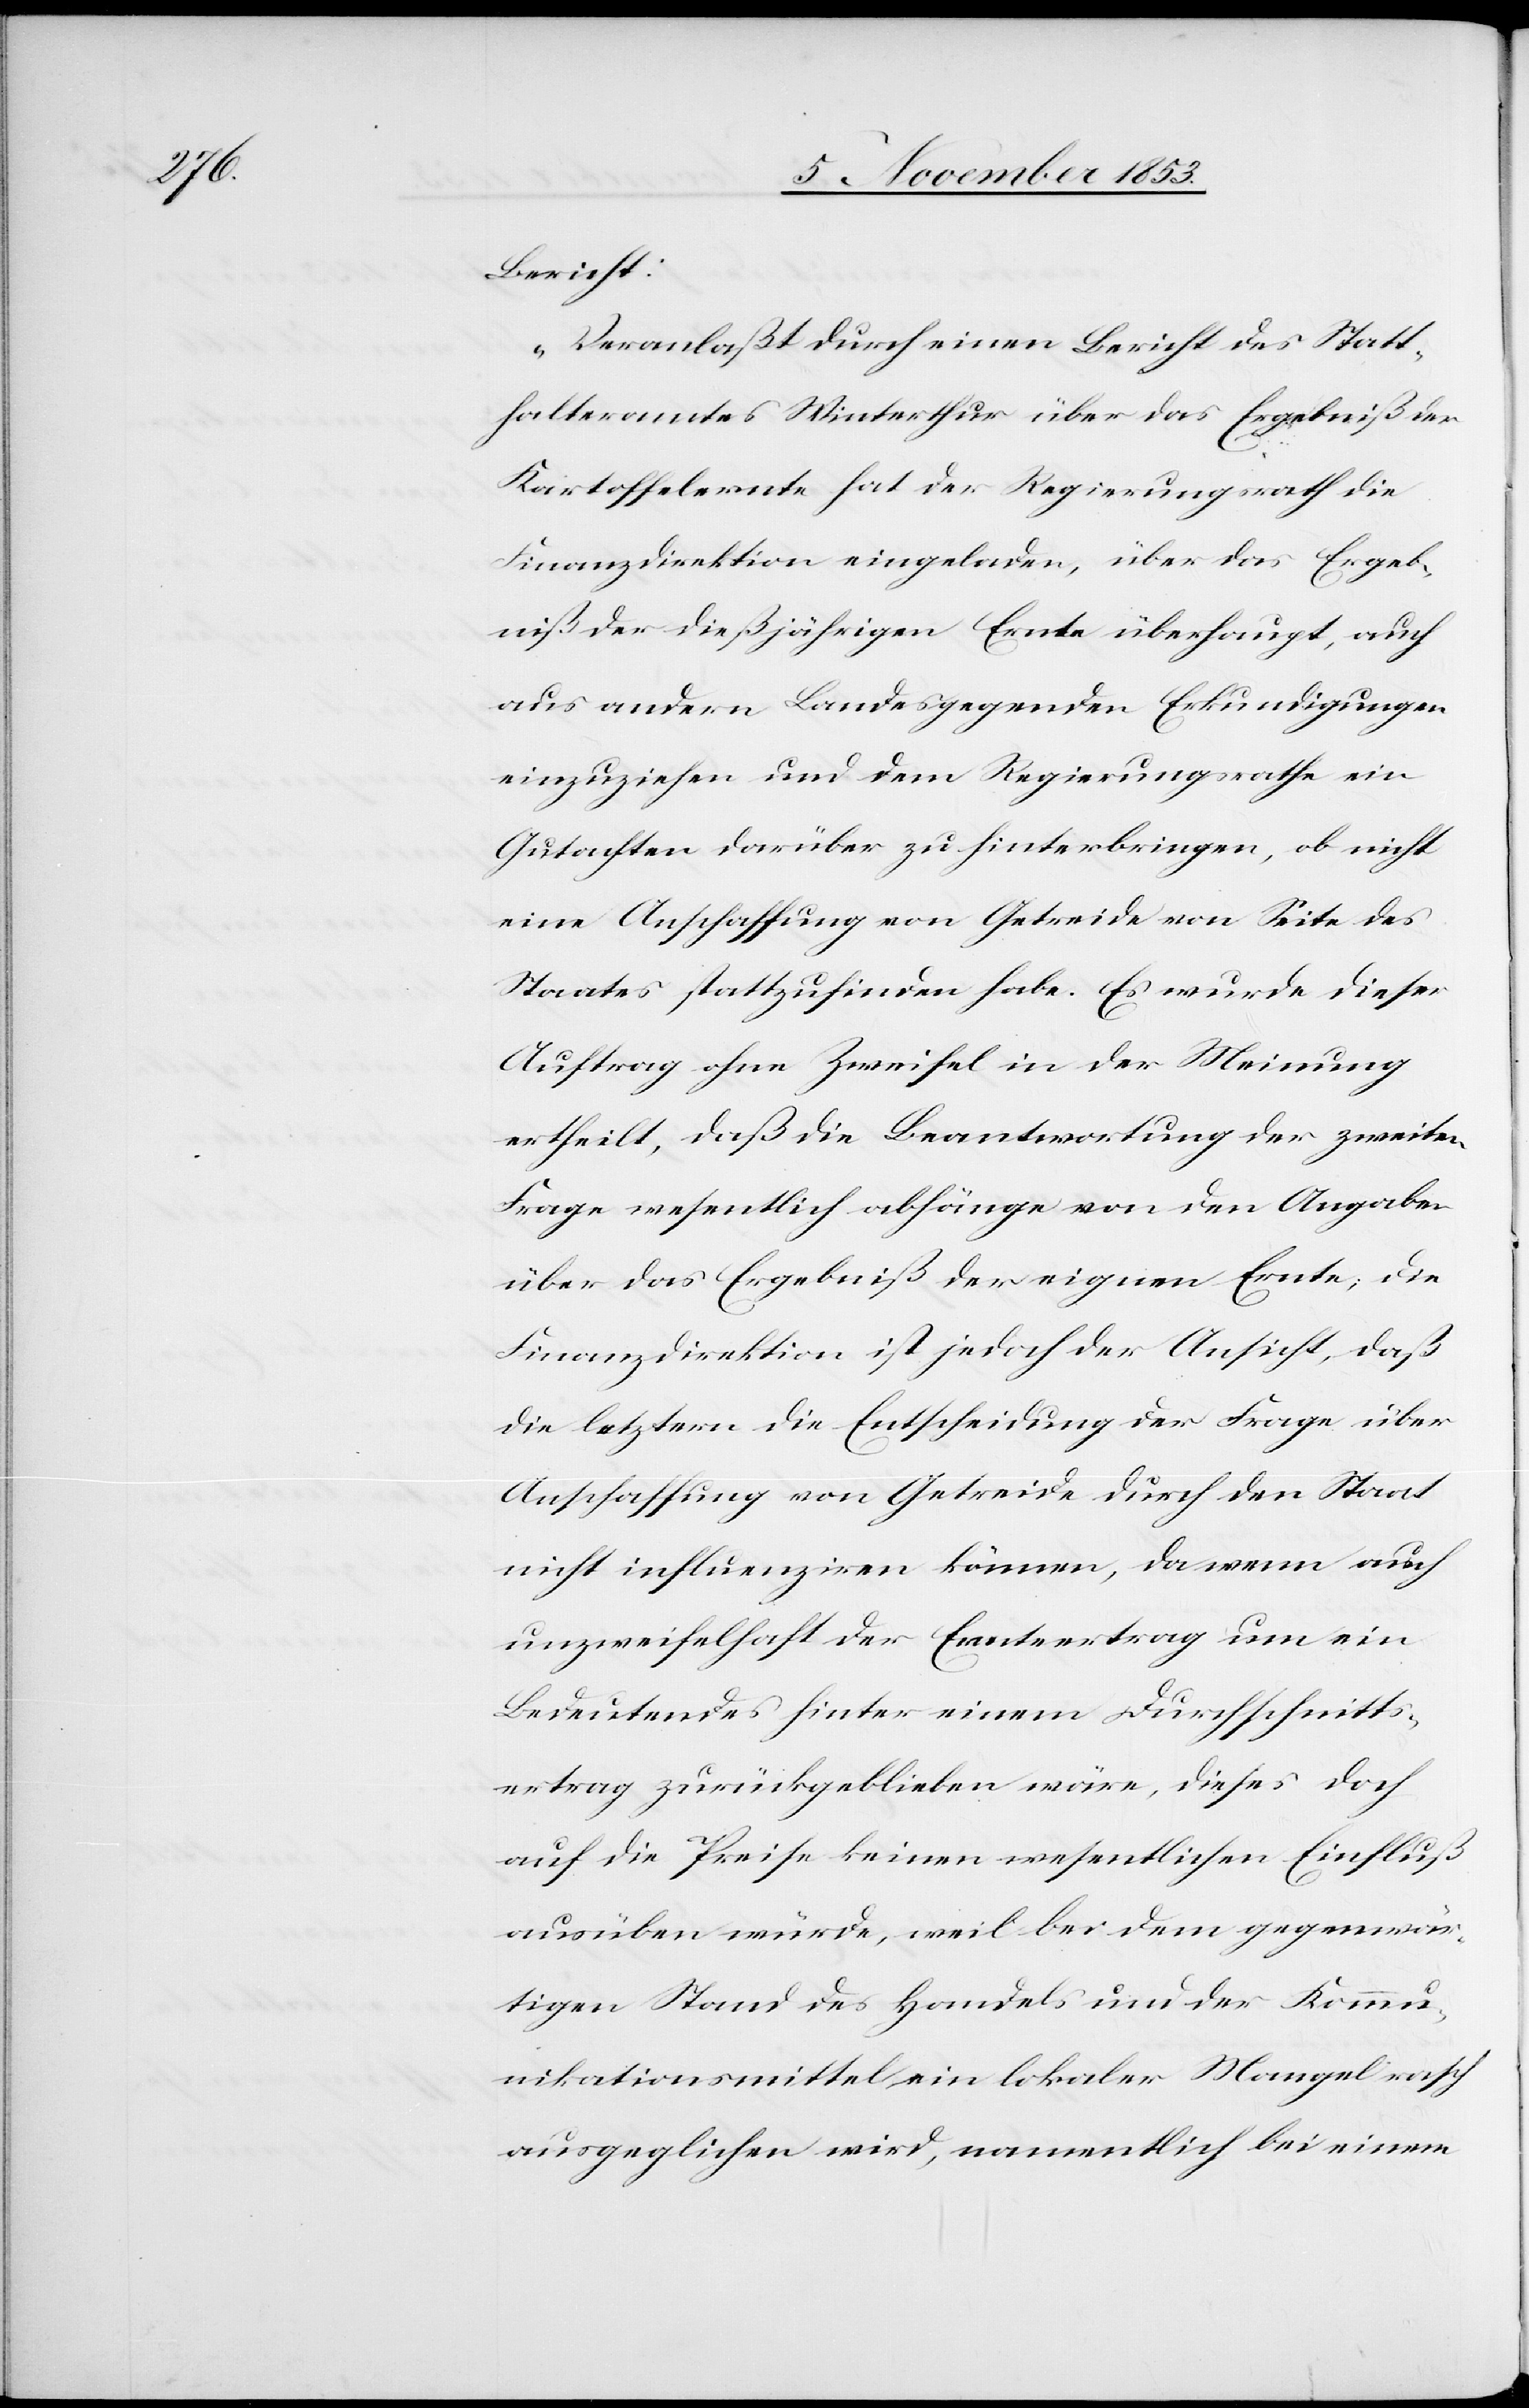
Bericht:
„Veranlaßt durch einen Bericht des Statt¬
halteramtes Winterthur über das Ergebniß der
Kartoffelernte hat der Regierungsrath die
Finanzdirektion eingeladen, über das Ergeb¬
niß der dießjährigen Ernte überhaupt, auch
aus andern Bundesgegenden Erkundigungen
einzuziehen und dem Regierungsrathe ein
Gutachten darüber zu hinterbringen, ob nicht
eine Anschaffung von Getreide von Seite des
Staates stattzufinden habe. Es wurde dieser
Auftrag ohne Zweifel in der Meinung
ertheilt, daß die Beantwortung der zweiten
Frage wesentlich abhänge von den Angaben
über das Ergebniß der eigenen Ernte; die
Finanzdirektion ist jedoch der Ansicht, daß
die letztern die Entscheidung der Frage über
Anschaffung von Getreide durch den Staat
nicht influenziren können, da wenn auch
unzweifelhaft der Ernteertrag um ein
Bedeutendes hinter einem Durchschnitts¬
ertrag zurückgeblieben wäre, dieses doch
auf die Preise keinen wesentlichen Einfluß
ausüben würde, weil bei dem gegenwär¬
tigen Stand des Handels und der Kommu¬
nikationsmittel ein lokaler Mangel rasch
ausgeglichen wird, namentlich bei einem